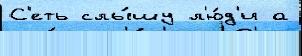
С'еть слы́шу л'ю́д'и а